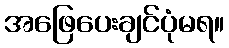
အဖြေပေးချင်ပုံမရ။